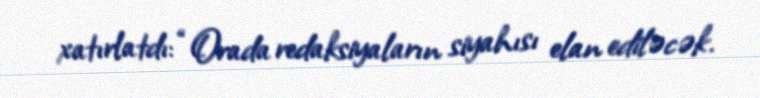
xatırlatdı: “Orada redaksiyaların siyahısı elan ediləcək.